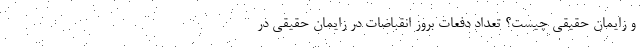
و زایمان حقیقی چیست؟ تعداد دفعات بروز انقباضات در زایمان حقیقی در